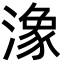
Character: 潒